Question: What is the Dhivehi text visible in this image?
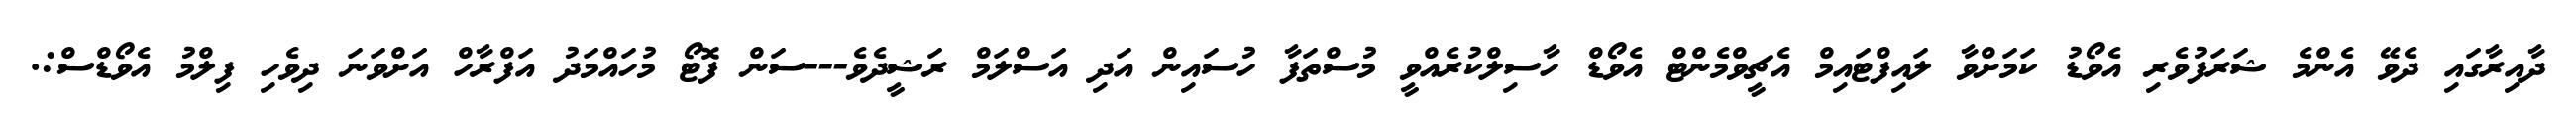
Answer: ދާއިރާގައި ދެވޭ އެންމެ ޝަރަފުވެރި އެވޯޑު ކަމަށްވާ ލައިފްޓައިމް އެޗީވްމެންޓް އެވޯޑް ހާސިލްކުރެއްވީ މުސްތަފާ ހުސައިން އަދި އަސްލަމް ރަޝީދެވެ---ސަން ފޮޓޯ މުހައްމަދު އަފްރާހް އަށްވަނަ ދިވެހި ފިލްމު އެވޯޑްސް:.